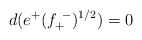
\begin{align*} d(e^+ (f^{~-}_{+})^{1/2}) = 0\end{align*}